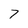
Character: 7